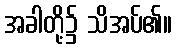
အခါတို့၌ သိအပ်၏။